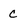
Character: C